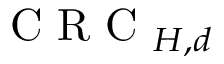
\mathrm { ~ C ~ R ~ C ~ } _ { H , d }